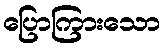
ပြောကြားသော